Annual statistical returns and brief notes on vaccination in Bengal - 1909-1929
Year: 1909
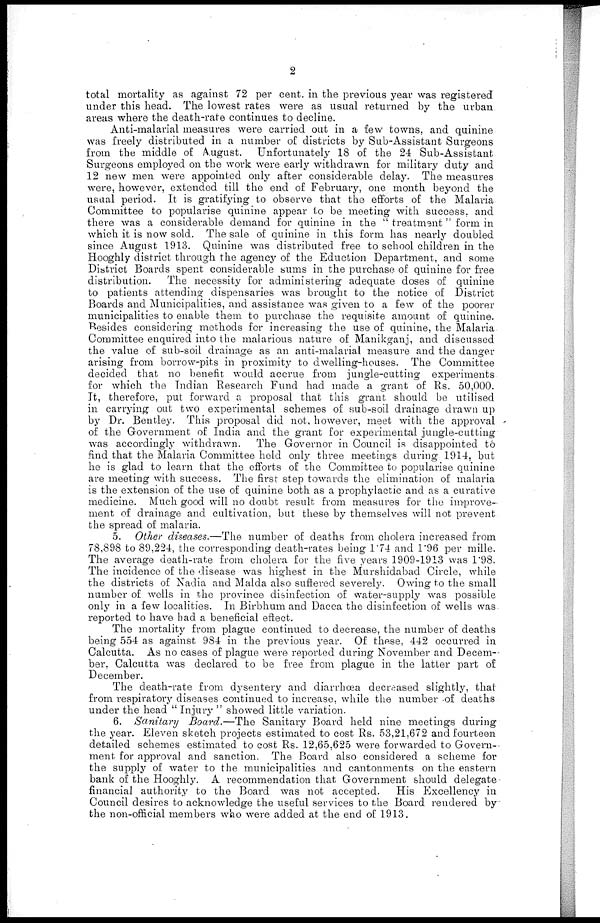
2
total mortality as against 72 per cent. in the previous year was registered
under this head. The lowest rates were as usual returned by the urban
areas where the death-rate continues to decline.
Anti-malarial measures were carried out in a few towns, and quinine
was freely distributed in a number of districts by Sub-Assistant Surgeons
from the middle of August. Unfortunately 18 of the 24 Sub-Assistant
Surgeons employed on the work were early withdrawn for military duty and
12 new men were appointed only after considerable delay. The measures
were, however, extended till the end of February, one month beyond the
usual period. It is gratifying to observe that the efforts of the Malaria
Committee to popularise quinine appear to be meeting with success, and
there was a considerable demand for quinine in the " treatment " form in
which it is now sold. The sale of quinine in this form has nearly doubled
since August 1913. Quinine was distributed free to school children in the
Hooghly district through the agency of the Eduction Department, and some
District Boards spent considerable sums in the purchase of quinine for free
distribution. The necessity for administering adequate doses of quinine
to patients attending dispensaries was brought to the notice of District
Boards and Municipalities, and assistance was given to a few of the poorer
municipalities to enable them to purchase the requisite amount of quinine.
Besides considering methods for increasing the use of quinine, the Malaria
Committee enquired into the malarious nature of Manikganj, and discussed
the value of sub-soil drainage as an anti-malarial measure and the danger
arising from borrow-pits in proximity to dwelling-houses. The Committee
decided that no benefit would accrue from jungle-cutting experiments
for which the Indian Research Fund had made a grant of Rs. 50,000.
It, therefore, put forward a proposal that this grant should be utilised
in carrying out two experimental schemes of sub-soil drainage drawn up
by Dr. Bentley. This proposal did not, however, meet with the approval
of the Government of India and the grant for experimental jungle-cutting
was accordingly withdrawn. The Governor in Council is disappointed to
find that the Malaria Committee hold only three meetings during 1914, but
he is glad to learn that the efforts of the Committee to popularise quinine
are meeting with success. The first step towards the elimination of malaria
is the extension of the use of quinine both as a prophylactic and as a curative
medicine. Much good will no doubt result from measures for the improve-
ment of drainage and cultivation, but these by themselves will not prevent
the spread of malaria.
5. Other diseases.—The number of deaths from cholera increased from
78,898 to 89,224, the corresponding death-rates being 1.74 and 1.96 per mille.
The average death-rate from cholera for the five years 1909-1913 was 1.98.
The incidence of the disease was highest in the Murshidabad Circle, while
the districts of Nadia and Malda also suffered severely. Owing to the small
number of wells in the province disinfection of water-supply was possible
only in a few localities. In Birbhum and Dacca the disinfection of wells was.
reported to have had a beneficial eftect.
The mortality from plague continued to decrease, the number of deaths
being 554 as against 984 in the previous year. Of these, 442 occurred in
Calcutta. As no cases of plague were reported during November and Decem-
ber. Calcutta was declared to be free from plague in the latter part of
December.
The death-rate from dysentery and diarrhœa decreased slightly, that
from inspiratory diseases continued to increase, while the number of deaths
under the head " Injury " showed little variation.
6. Sanitary Board.—The Sanitary Board held nine meetings during
the year. Eleven sketch projects estimated to cost Rs. 53,21,672 and fourteen
detailed schemes estimated to cost Rs. 12,65,625 were forwarded to Govern-
ment for approval and sanction. The Board also considered a scheme for
the supply of water to the municipalities and cantonments on the eastern
bank of the Hooghly. A recommendation that Government should delegate
financial authority to the Board was not accepted. His Excellency in
Council desires to acknowledge the useful services to the Board rendered by
the non-official members who were added at the end of 1913.